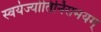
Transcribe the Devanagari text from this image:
स्वयंज्योतिर्निरामयम्